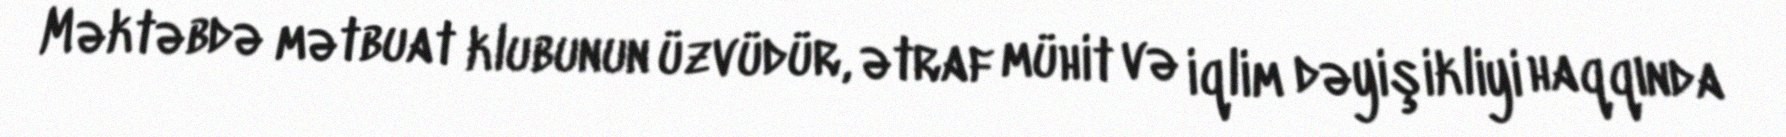
Məktəbdə mətbuat klubunun üzvüdür, ətraf mühit və iqlim dəyişikliyi haqqında